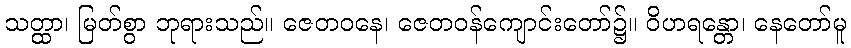
သတ္ထာ၊ မြတ်စွာ ဘုရားသည်။ ဇေတဝနေ၊ ဇေတဝန်ကျောင်းတော်၌။ ဝိဟရန္တော၊ နေတော်မူ